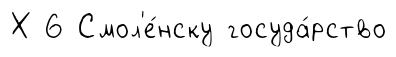
Х 6 Смол'е́нску госуда́рство